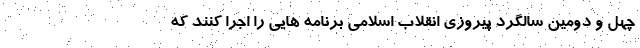
چهل و دومین سالگرد پیروزی انقلاب اسلامی برنامه هایی را اجرا کنند که